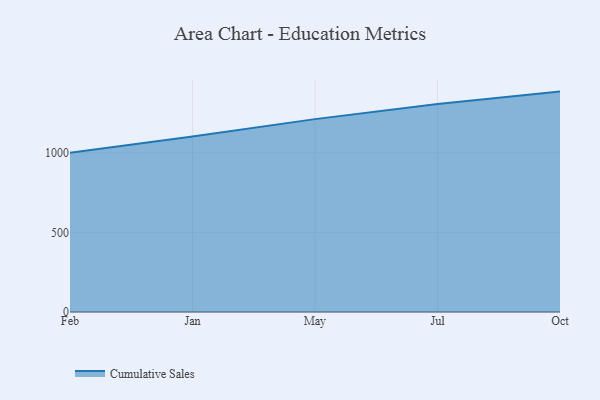
{"axis": {"x": "Month", "y": "Gross Profit (USD K)"}, "legend": ["Cumulative Sales"], "data": [{"x": "Feb", "y": 1001.0, "type": "Cumulative Sales"}, {"x": "Jan", "y": 1102.3, "type": "Cumulative Sales"}, {"x": "May", "y": 1212.0, "type": "Cumulative Sales"}, {"x": "Jul", "y": 1307.7, "type": "Cumulative Sales"}, {"x": "Oct", "y": 1384.9, "type": "Cumulative Sales"}]}